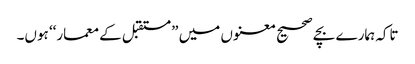
تاکہ ہمارے بچے صحیح معنوں میں ”مستقبل کے معمار‘‘ ہوں۔